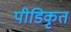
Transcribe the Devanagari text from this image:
पीडिकृत